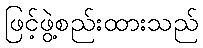
ဖြင့်ဖွဲ့စည်းထားသည်